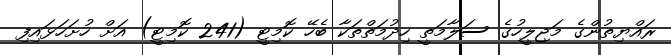
ރައްޔިތުންގެ މަޖިލީހުގެ ސަލާމަތީ ހިދުމަތްތަކާ ބެހޭ ކޮމިޓީ (241 ކޮމިޓީ) އަށް ހުށަހަޅައިފި